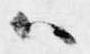
ハ